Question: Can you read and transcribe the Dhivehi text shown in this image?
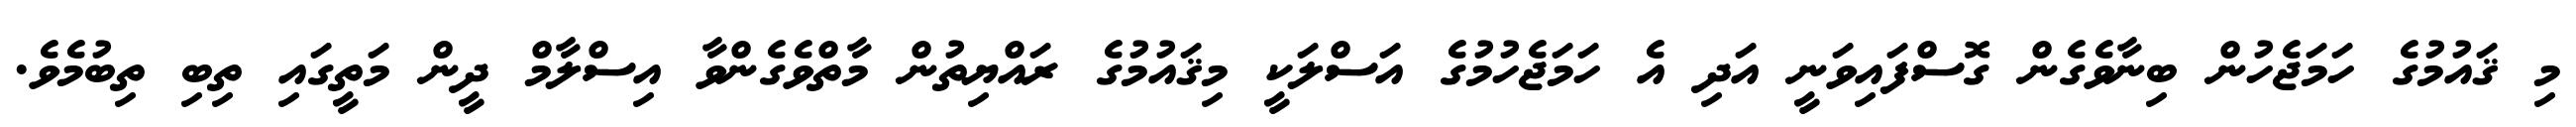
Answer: މި ޤައުމުގެ ހަމަޖެހުން ބިނާވެގެން ގޮސްފައިވަނީ އަދި އެ ހަމަޖެހުމުގެ އަސްލަކީ މިޤައުމުގެ ރައްޔިތުން މާތްވެގެންވާ އިސްލާމް ދީން މަތީގައި ތިބި ތިބުމެވެ.